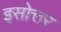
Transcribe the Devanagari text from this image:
इसोत्तर